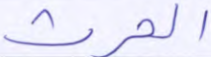
الحرث